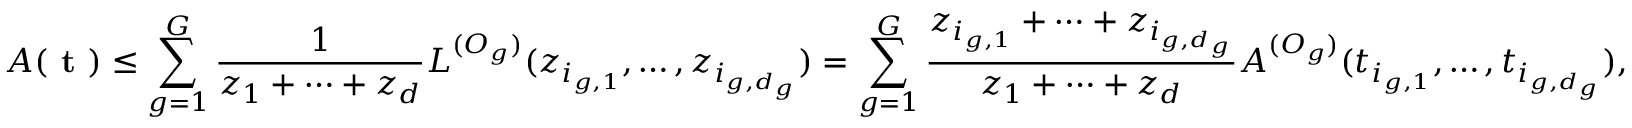
A ( \textbf { t } ) \leq \sum _ { g = 1 } ^ { G } \frac { 1 } { z _ { 1 } + \dots + z _ { d } } L ^ { ( O _ { g } ) } ( z _ { i _ { g , 1 } } , \dots , z _ { i _ { g , d _ { g } } } ) = \sum _ { g = 1 } ^ { G } \frac { z _ { i _ { g , 1 } } + \dots + z _ { i _ { g , d _ { g } } } } { z _ { 1 } + \dots + z _ { d } } A ^ { ( O _ { g } ) } ( t _ { i _ { g , 1 } } , \dots , t _ { i _ { g , d _ { g } } } ) ,